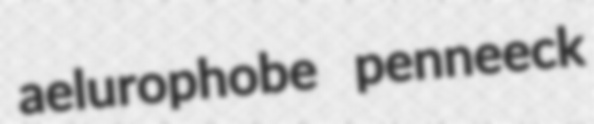
aelurophobe penneeck